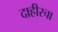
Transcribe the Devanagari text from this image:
दाहीरचा